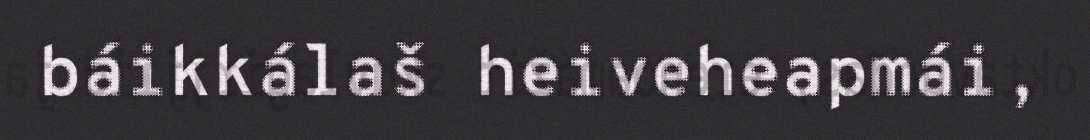
báikkálaš heiveheapmái,